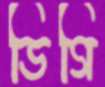
ডিগি